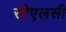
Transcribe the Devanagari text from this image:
सीएलसी